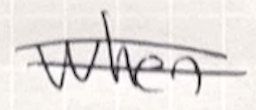
Text: when
Cross-out: double-line
Writing tool: ballpoint